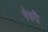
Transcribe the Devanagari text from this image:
पेरुरी